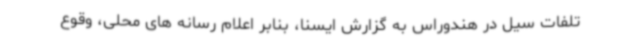
تلفات سیل در هندوراس به گزارش ایسنا، بنابر اعلام رسانه های محلی، وقوع